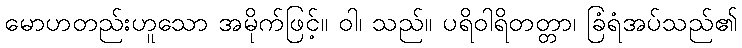
မောဟတည်းဟူသော အမိုက်ဖြင့်။ ဝါ၊ သည်။ ပရိဝါရိတတ္တာ၊ ခြံရံအပ်သည်၏